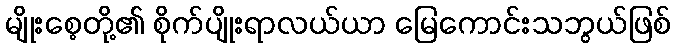
မျိုးစေ့တို့၏ စိုက်ပျိုးရာလယ်ယာ မြေကောင်းသဘွယ်ဖြစ်